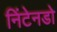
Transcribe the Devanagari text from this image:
निंटेनडो